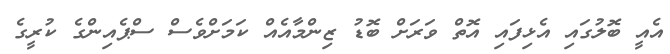
އެއީ ބޮލުގައި އެޅިފައި އޮތް ވަރަށް ބޮޑު ޒިންމާއެއް ކަމަށްވެސް ސްޕެއިންގެ ކުރީގެ